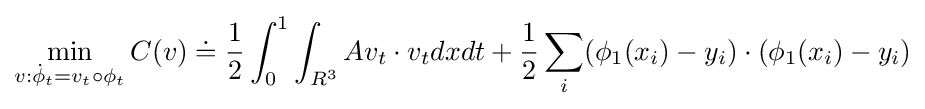
\min _{v:{\dot {\phi }}_{t}=v_{t}\circ \phi _{t}}C(v)\doteq {\frac {1}{2}}\int _{0}^{1}\int _{R^{3}}Av_{t}\cdot v_{t}dxdt+{\frac {1}{2}}\sum _{i}(\phi _{1}(x_{i})-y_{i})\cdot (\phi _{1}(x_{i})-y_{i})